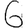
Digit: 6